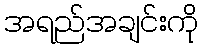
အရည်အချင်းကို